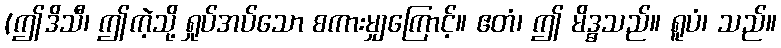
(ဤဒိသီ၊ ဤကဲ့သို့ ရှုပ်အပ်သော စကားမျှကြောင့်။ ဧတံ၊ ဤ မိဒ္ဓသည်။ ရူပံ၊ သည်။